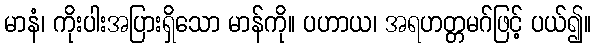
မာနံ၊ ကိုးပါးအပြားရှိသော မာန်ကို။ ပဟာယ၊ အရဟတ္တမဂ်ဖြင့် ပယ်၍။